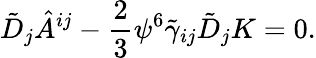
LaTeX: \tilde{D}_{j}\hat{A}^{ij}-\frac{2}{3}\psi^{6}\tilde{\gamma}_{ij}\tilde{D}_{j}K=0.